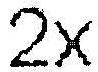
2X